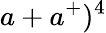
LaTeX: a+a^{+})^{4}